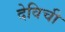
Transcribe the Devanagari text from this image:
देविची